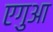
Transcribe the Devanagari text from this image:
एगुआ